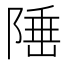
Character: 𨺪